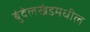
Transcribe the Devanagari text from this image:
बुंदेलखंडमधील